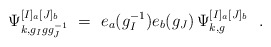
\begin{align*} \Psi_{k,g_Igg_J^{-1}}^{[I]_a[J]_b}\ = \ e_a(g_I^{-1}) e_b(g_J) \, \Psi_{k,g}^{[I]_a[J]_b}\ \ .\end{align*}